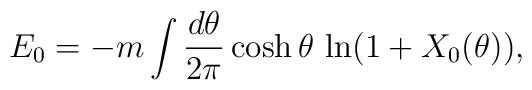
E_0=-m\int {d\theta\over 2\pi}\cosh\theta\, \ln(1+X_0(\theta)),